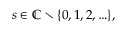
s \in \mathbb { C } \setminus \{ 0 , 1 , 2 , \ldots \} ,